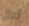
أعزل